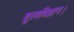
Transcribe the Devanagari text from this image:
शुल्वविज्ञान।